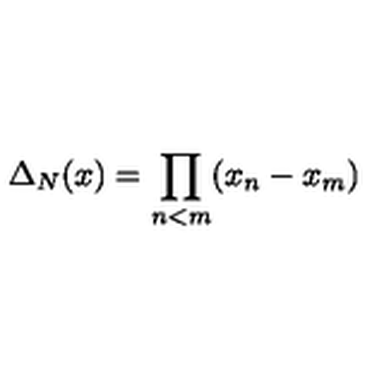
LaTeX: \Delta _ { N } ( x ) = \prod _ { n < m } ( x _ { n } - x _ { m } )